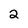
Character: 2